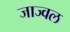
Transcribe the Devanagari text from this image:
जाज्वल